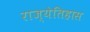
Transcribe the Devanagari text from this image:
राज्येतिहास